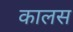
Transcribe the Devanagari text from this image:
कालस